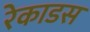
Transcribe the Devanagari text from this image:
रेकाडस